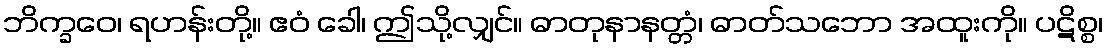
ဘိက္ခဝေ၊ ရဟန်းတို့။ ဧဝံ ခေါ၊ ဤသို့လျှင်။ ဓာတုနာနတ္တံ၊ ဓာတ်သဘော အထူးကို။ ပဋိစ္စ၊